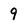
Character: 9